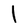
Character: l